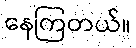
နေကြတယ်။